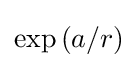
{\textstyle \exp {\left(a/r\right)}}